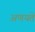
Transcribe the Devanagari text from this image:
अणयते